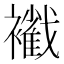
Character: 𧞩